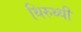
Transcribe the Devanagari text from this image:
थिरुथ्थी